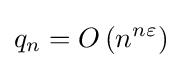
q_{n}=O\left(n^{n\varepsilon }\right)